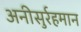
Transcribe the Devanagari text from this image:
अनीसुर्रहमान